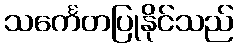
သင်္ကေတပြုနိုင်သည်